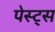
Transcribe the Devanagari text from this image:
पेस्ट्स